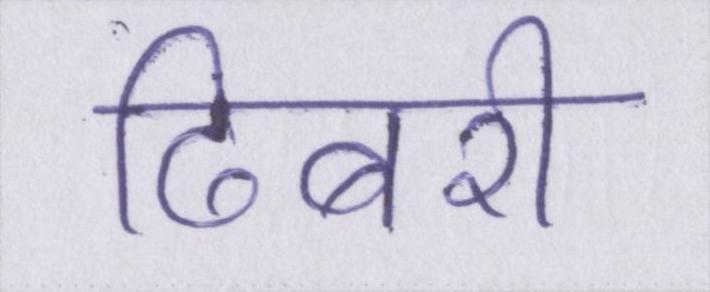
ढिबरी